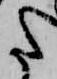
た